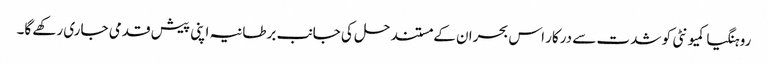
روہنگیا کمیونٹی کو شدت سے درکار اس بحران کے مستند حل کی جانب برطانیہ اپنی پیش قدمی جاری رکھے گا۔